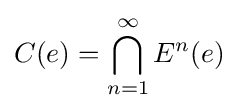
C(e)=\bigcap _{n=1}^{\infty }E^{n}(e)